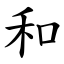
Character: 和